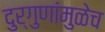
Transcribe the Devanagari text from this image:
दुर्गुणांमुळेच